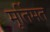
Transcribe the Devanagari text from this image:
मूर्तिमत